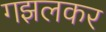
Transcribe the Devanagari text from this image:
गझलकर